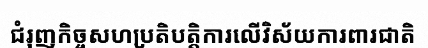
ជំរុញកិច្ចសហប្រតិបត្តិការលើវិស័យការពារជាតិ